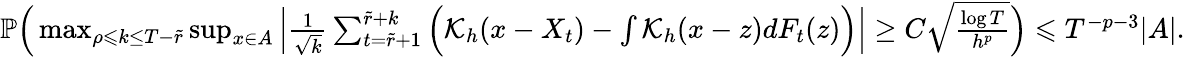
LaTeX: \begin{array}{r}{\mathbb{P}\Big(\operatorname*{max}_{\rho\leqslant k\leq T-\widetilde{r}}\operatorname*{sup}_{x\in A}\Big|\frac{1}{\sqrt{k}}\sum_{t=\widetilde{r}+1}^{\widetilde{r}+k}\Big(\mathcal{K}_{h}(x-X_{t})-\int\mathcal{K}_{h}(x-z)dF_{t}(z)\Big)\Big|\geq C\sqrt{\frac{\log T}{h^{p}}}\Big)\leqslant T^{-p-3}|A|.}\end{array}